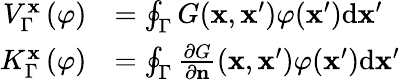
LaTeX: \begin{array}{rl}{V_{\Gamma}^{\mathbf{x}}\left(\varphi\right)}&{=\oint_{\Gamma}G(\mathbf{x},\mathbf{x}^{\prime})\varphi(\mathbf{x}^{\prime})\mathrm{d}\mathbf{x}^{\prime}}\\ {K_{\Gamma}^{\mathbf{x}}\left(\varphi\right)}&{=\oint_{\Gamma}\frac{\partial G}{\partial\mathbf{n}}(\mathbf{x},\mathbf{x}^{\prime})\varphi(\mathbf{x}^{\prime})\mathrm{d}\mathbf{x}^{\prime}}\end{array}